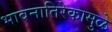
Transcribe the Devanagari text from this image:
भावनातिरेकामुळे